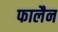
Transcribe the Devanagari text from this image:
फालैन